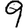
Digit: 9